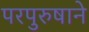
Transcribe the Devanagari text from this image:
परपुरुषाने